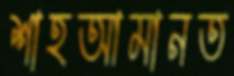
শাহআমানত